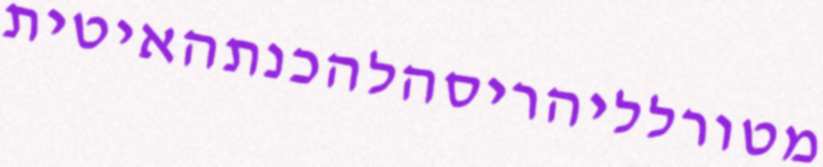
מטורלליהריסהלהכנתהאיטית